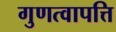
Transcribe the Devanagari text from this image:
गुणत्वापत्ति